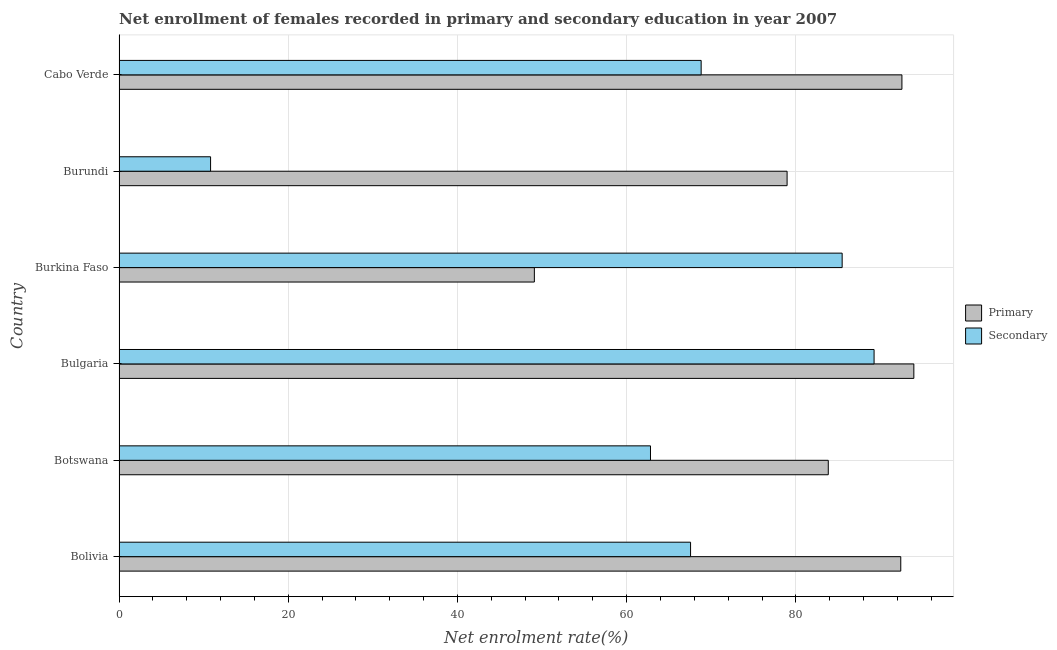
| Country | Primary | Secondary |
 | --- | --- | --- |
 | Bolivia | 92.4 | 67.6 |
 | Botswana | 83.8 | 62.8 |
 | Bulgaria | 93.9 | 89.2 |
 | Burkina Faso | 49.1 | 85.5 |
 | Burundi | 79 | 10.8 |
 | Cabo Verde | 92.5 | 68.8 |